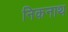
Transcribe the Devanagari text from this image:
निकनाथ